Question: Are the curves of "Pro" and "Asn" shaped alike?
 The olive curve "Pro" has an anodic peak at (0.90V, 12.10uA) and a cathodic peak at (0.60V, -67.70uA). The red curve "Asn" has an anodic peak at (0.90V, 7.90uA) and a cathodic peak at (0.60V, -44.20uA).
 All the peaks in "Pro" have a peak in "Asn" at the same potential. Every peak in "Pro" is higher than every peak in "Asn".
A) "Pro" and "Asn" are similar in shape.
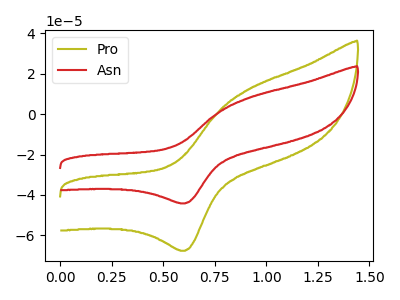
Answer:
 <answer>A) "Pro" and "Asn" are similar in shape.</answer>
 <eval>A</eval>